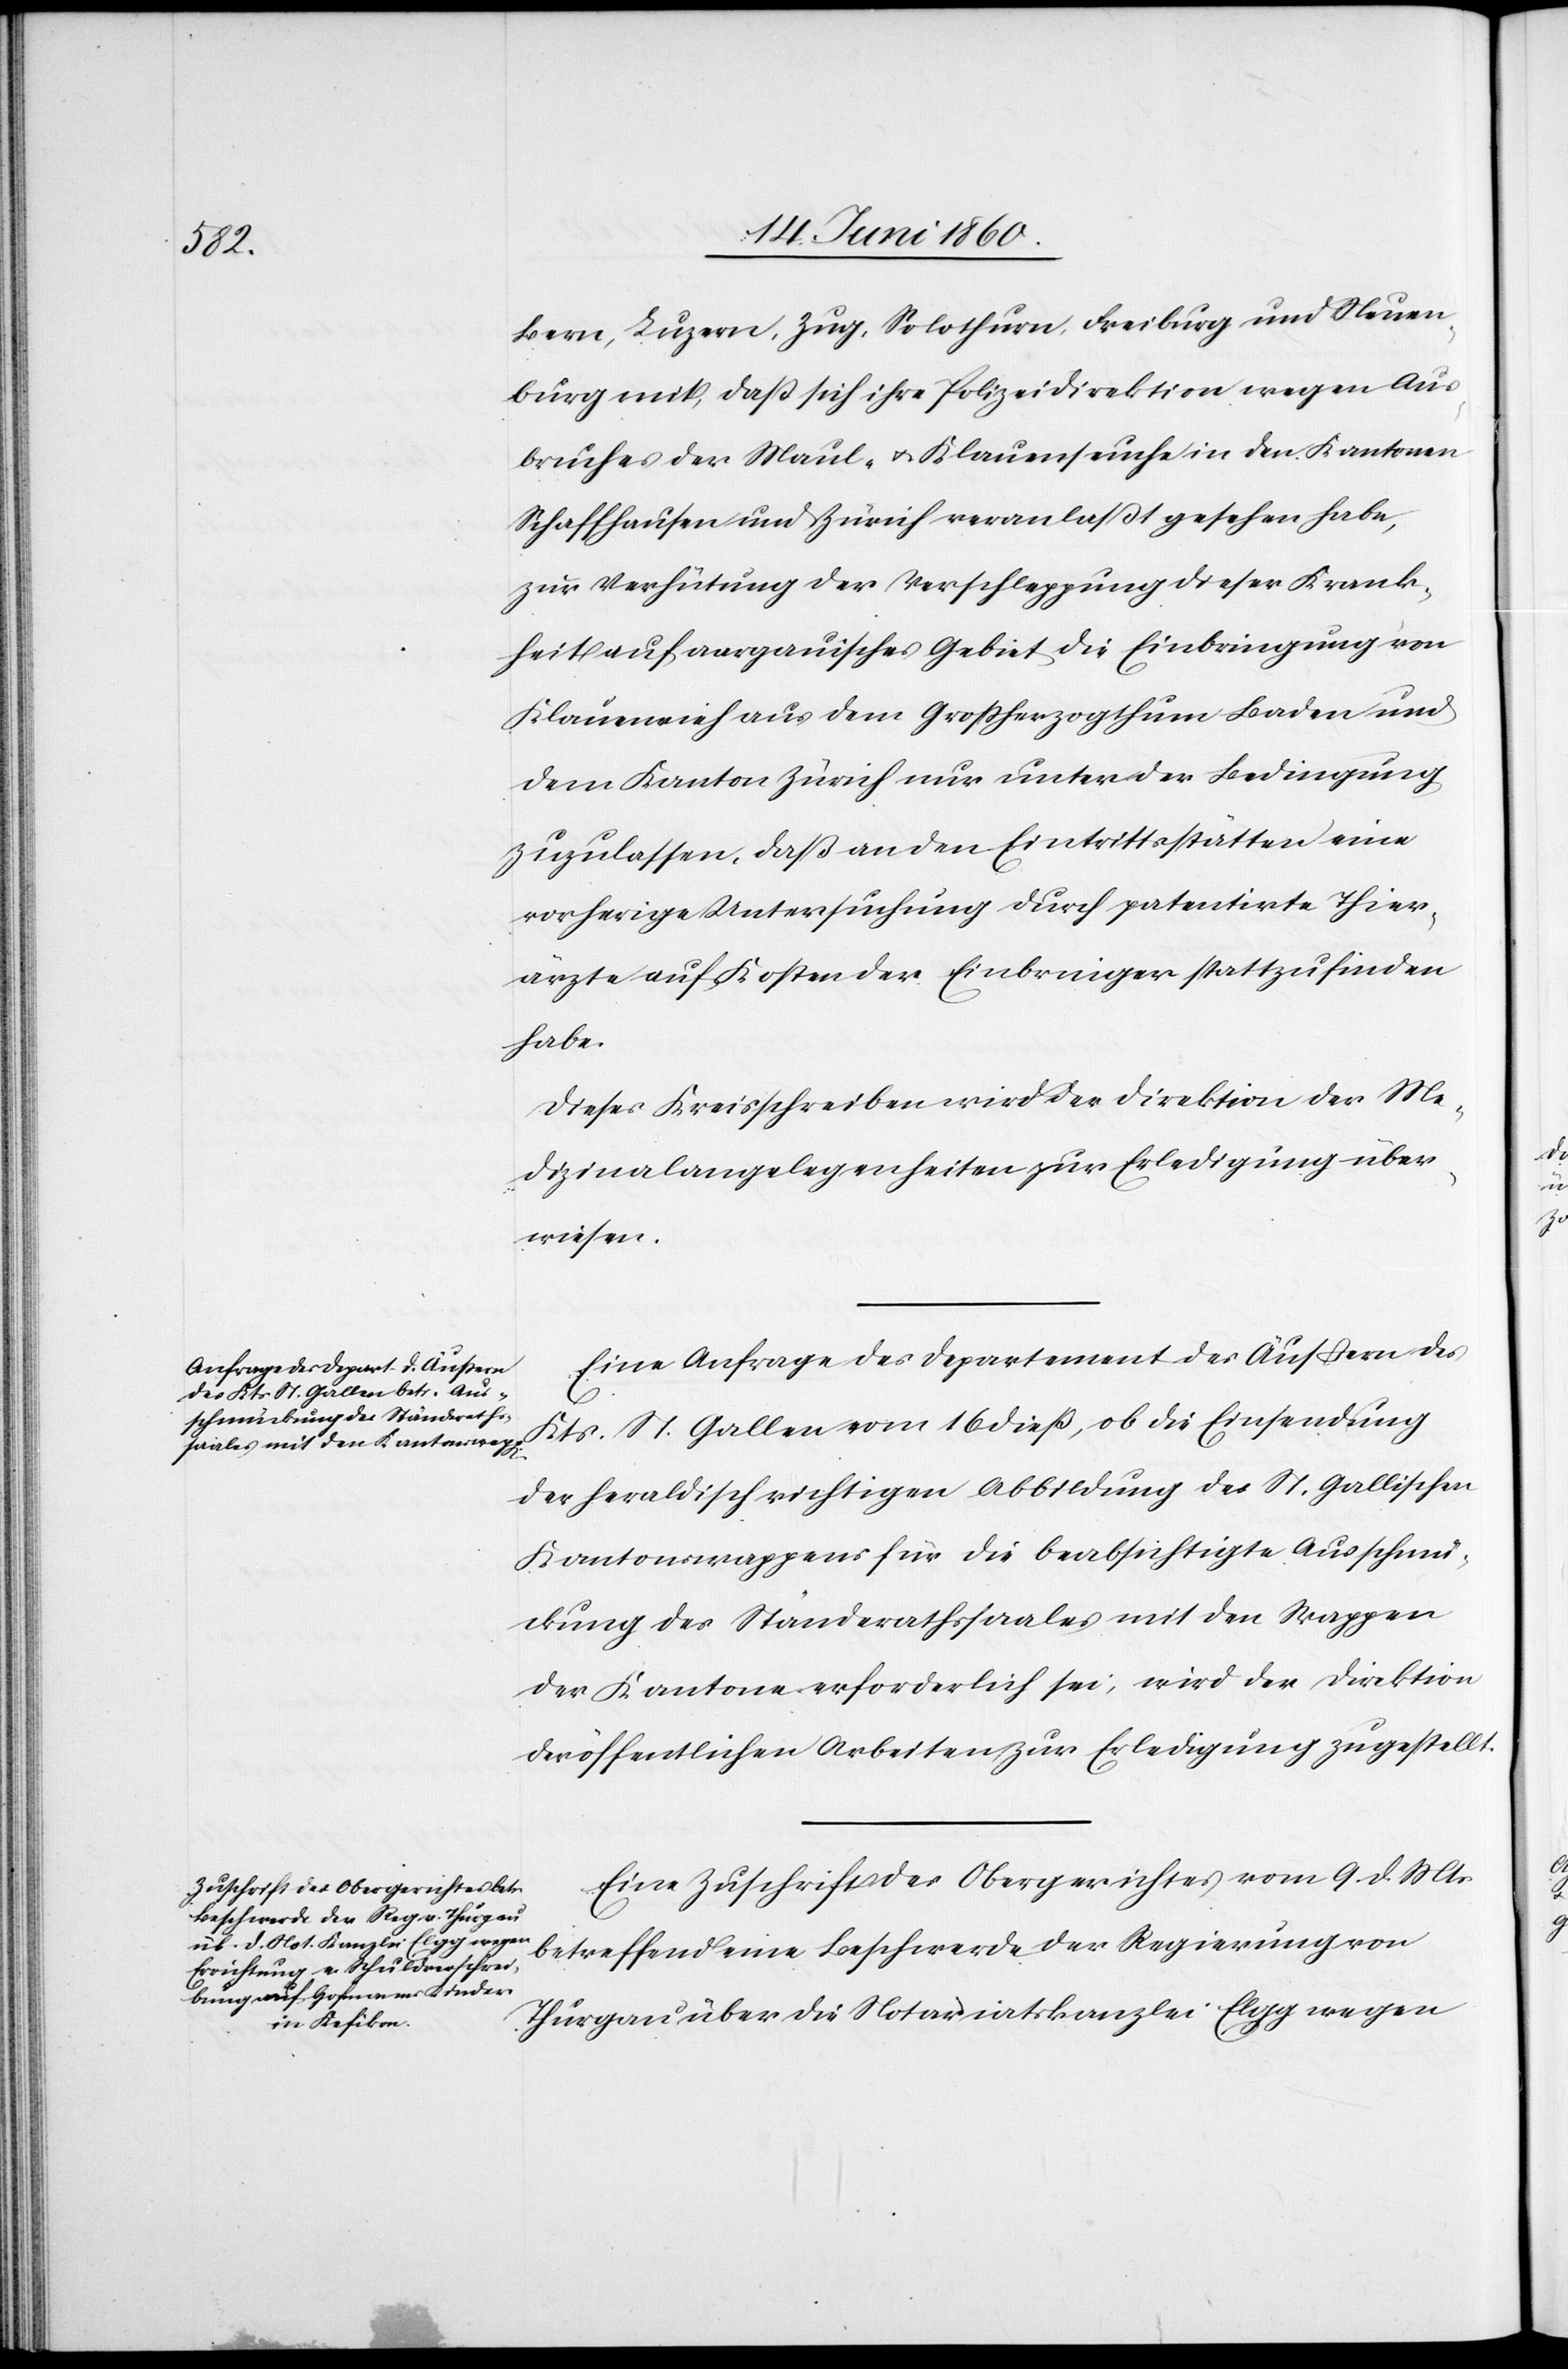
18t Juni 1860.]
Bern, Luzern, Zug, Solothurn, Freiburg und Neuen¬
burg mit, dass sich ihre Polizeidirektion wegen Aus¬
bruches der Maul- u. Klauenseuche in den Kantonen
Schaffhausen und Zürich veranlasst gesehen habe,
zur Verhütung der Verschleppung dieser Krank¬
heit auf aargauisches Gebiet die Einbringung von
Klauenvieh aus dem Grossherzogthum Baden und
dem Kanton Zürich nur unter der Bedingung
zuzulassen, daß an den Eintrittsstätten eine
vorherige Untersuchung durch patentirte Thier¬
ärzte auf Kosten der Einbringer stattzufinden
habe.
Dieses Kreisschreiben wird der Direktion der Me¬
dizinalangelegenheiten zur Erledigung über¬
wiesen.
Eine Anfrage des Departement des Äussern des
Kts. St. Gallen vom 16. diess, ob die Einsendung
der heraldisch richtigen Abbildung des St. Gallischen
Kantonswappens für die beabsichtigte Ausschmü¬
ckung des Ständerathssaales mit den Wappen
der Kantone erforderlich sei, wird der Direktion
der öffentlichen Arbeiten zur Erledigung zugestellt.
Eine Zuschrift des Obergerichtes vom 9. d. Mts.
betreffend eine Beschwerde der Regierung von
Thurgau über die Notariatskanzlei Elgg wegen